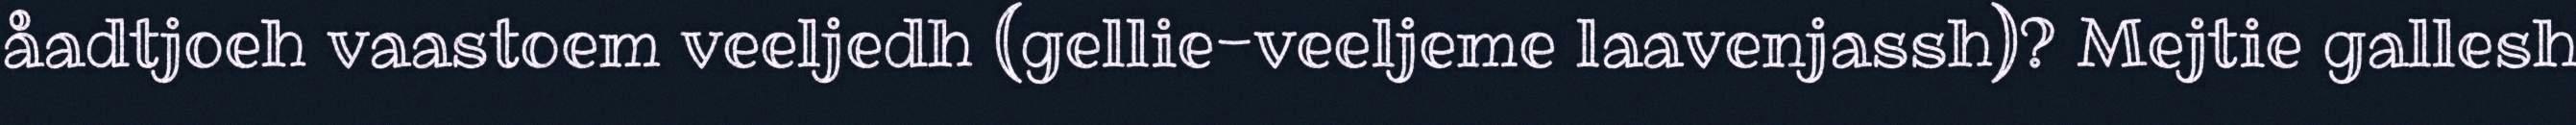
åadtjoeh vaastoem veeljedh (gellie-veeljeme laavenjassh)? Mejtie gallesh